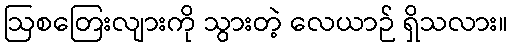
ဩစတြေးလျားကို သွားတဲ့ လေယာဉ် ရှိသလား။